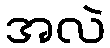
အလဲ